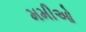
મમીઓ